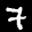
Label: 7